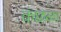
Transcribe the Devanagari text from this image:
कंछळा